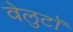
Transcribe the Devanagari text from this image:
वेलुटाॅ